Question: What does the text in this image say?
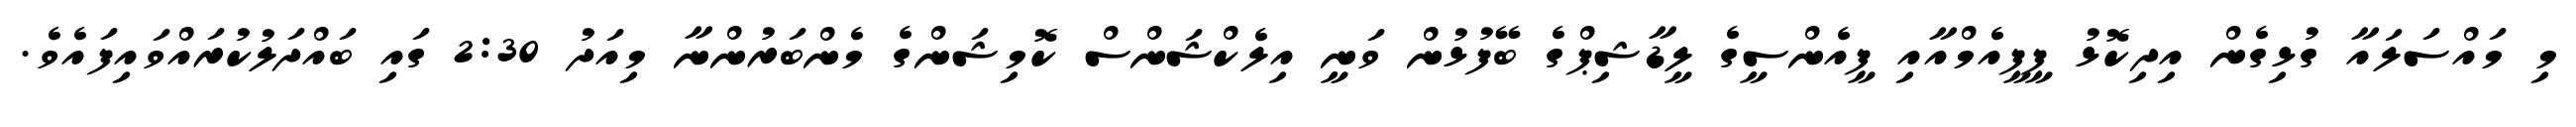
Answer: މި މައްސަލައާ ގުޅިގެން އިދިކޮޅު ޕީޕީއެމްއާއި ޕީއެންސީގެ ލީޑާޝިޕްގެ ބޭފުޅުން ވަނީ އިލެކްޝަންސް ކޮމިޝަންގެ މެންބަރުންނާ މިއަދު 2:30 ގައި ބައްދަލުކުރައްވައިފައެވެ.